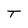
Character: T